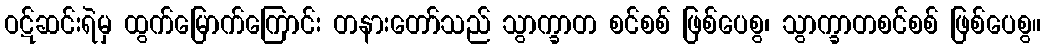
ဝဋ်ဆင်းရဲမှ ထွက်မြောက်ကြောင်း တနားတော်သည် သွာက္ခာတ စင်စစ် ဖြစ်ပေစွ၊ သွာက္ခာတစင်စစ် ဖြစ်ပေစွ။